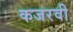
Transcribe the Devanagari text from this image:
कजरवी